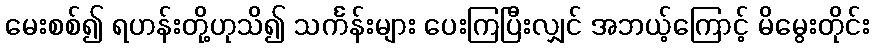
မေးစစ်၍ ရဟန်းတို့ဟုသိ၍ သင်္ကန်းများ ပေးကြပြီးလျှင် အဘယ့်ကြောင့် မိမွေးတိုင်း